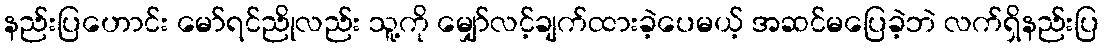
နည်းပြဟောင်း မော်ရင်ညိုလည်း သူ့ကို မျှော်လင့်ချက်ထားခဲ့ပေမယ့် အဆင်မပြေခဲ့ဘဲ လက်ရှိနည်းပြ